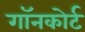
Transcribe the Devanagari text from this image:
गॉनकोर्ट